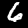
Digit: 6